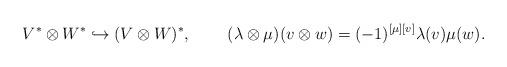
LaTeX: \begin{align*} &V^*\otimes W^*\hookrightarrow(V\otimes W)^*, &&(\lambda\otimes\mu)(v\otimes w)=(-1)^{[\mu][v]}\lambda(v)\mu(w).\end{align*}